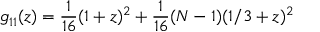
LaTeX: g _ { 1 1 } ( z ) = \frac { 1 } { 1 6 } ( 1 + z ) ^ { 2 } + \frac { 1 } { 1 6 } ( N - 1 ) ( 1 / 3 + z ) ^ { 2 }